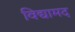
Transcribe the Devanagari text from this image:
विद्यामद